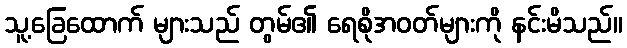
သူ့ခြေထောက် များသည် တွမ်၏ ရေစိုအဝတ်များကို နင်းမိသည်။